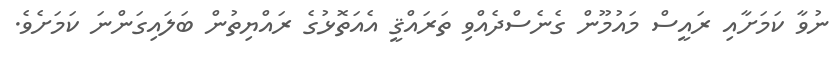
ނުވާ ކަމަށާއި ރައީސް މައުމޫން ގެނެސްދެއްވި ތަރައްޤީ އެއަތޮޅުގެ ރައްޔިތުން ބަލައިގަންނަ ކަމަށެވެ.